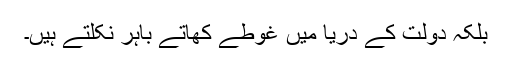
بلکہ دولت کے دریا میں غوطے کھاتے باہر نکلتے ہیں۔